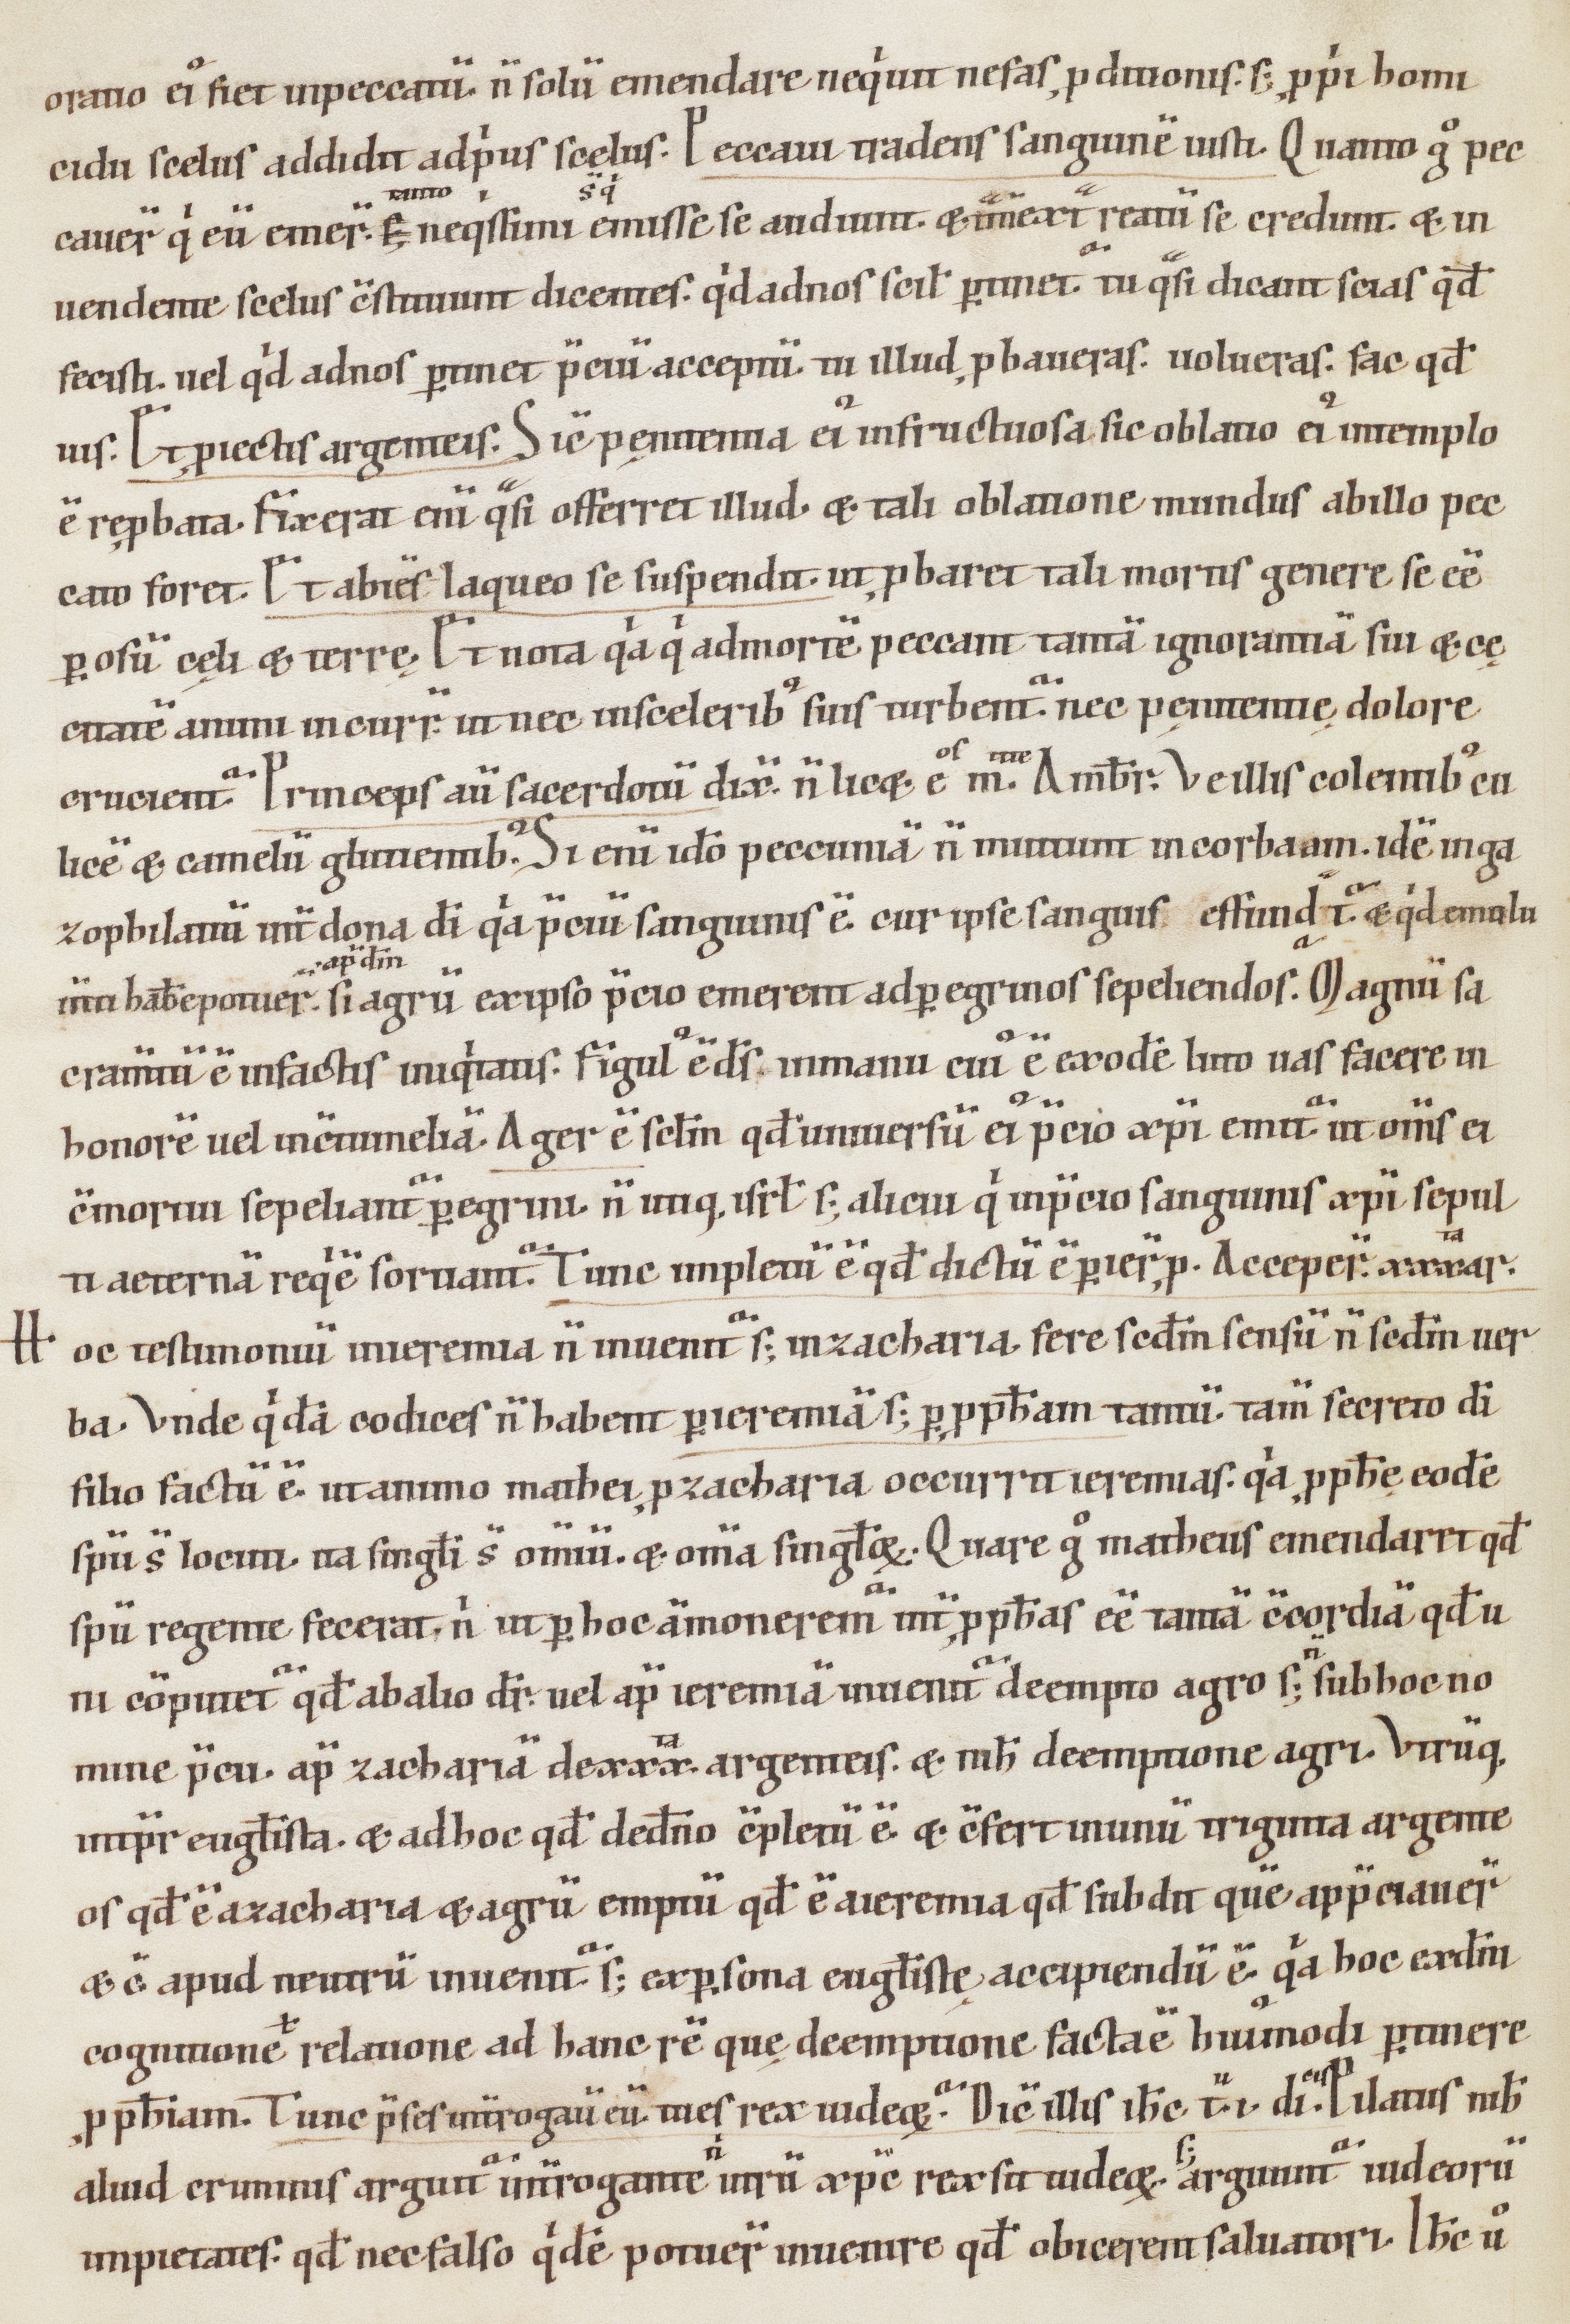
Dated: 1000–1199